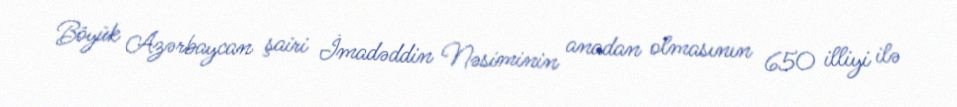
Böyük Azərbaycan şairi İmadəddin Nəsiminin anadan olmasının 650 illiyi ilə